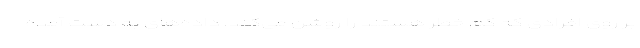
بر روی افرادی که کم خطر هستند را روشن می‌کند. داده‌های به دست آمده